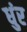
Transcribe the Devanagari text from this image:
धुंर